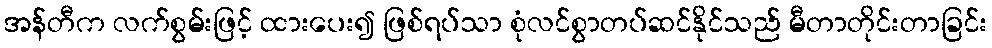
အန်တီက လက်စွမ်းဖြင့် ထားပေး၍ ဖြစ်ရပ်သာ စုံလင်စွာတပ်ဆင်နိုင်သည် မီတာတိုင်းတာခြင်း